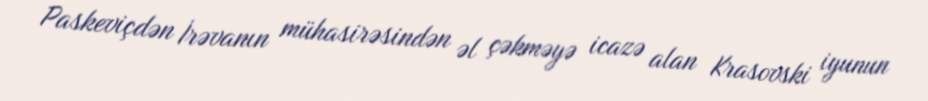
Paskeviçdən İrəvanın mühasirəsindən əl çəkməyə icazə alan Krasovski iyunun